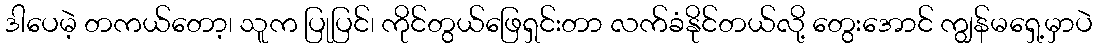
ဒါပေမဲ့ တကယ်တော့၊ သူက ပြုပြင်၊ ကိုင်တွယ်ဖြေရှင်းတာ လက်ခံနိုင်တယ်လို့ တွေးအောင် ကျွန်မရှေ့မှာပဲ